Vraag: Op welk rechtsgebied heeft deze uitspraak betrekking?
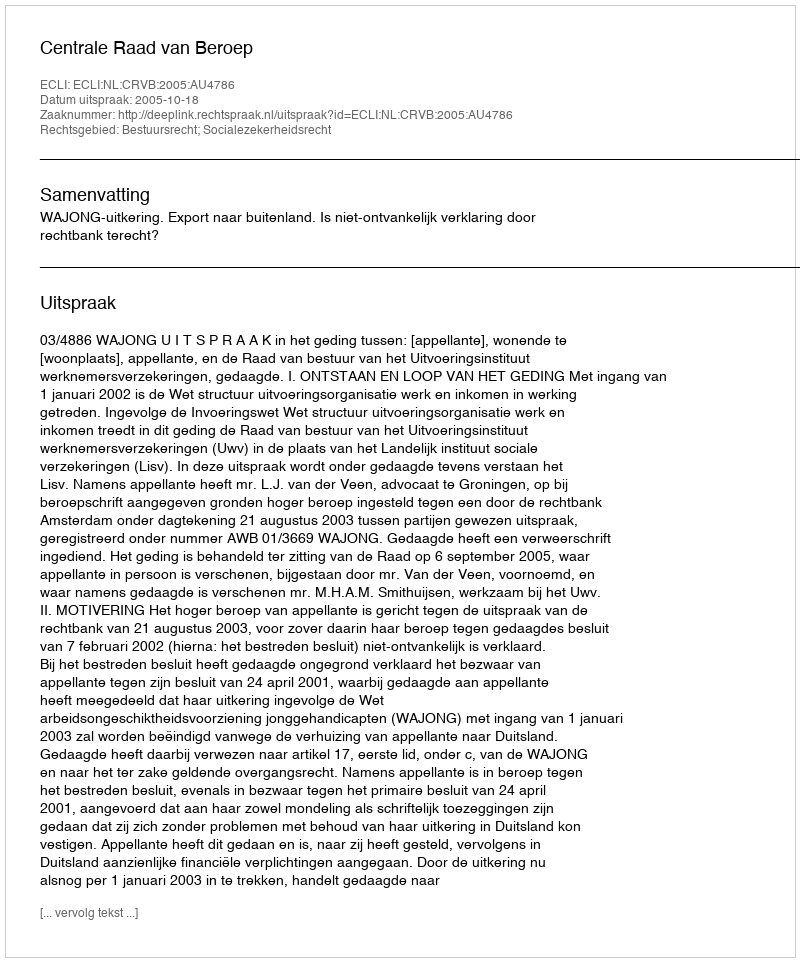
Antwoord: Bestuursrecht; Socialezekerheidsrecht